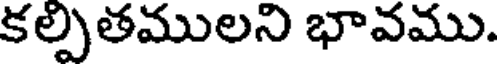
కల్పితములని భావము.